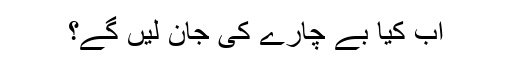
اب کیا بے چارے کی جان لیں گے؟